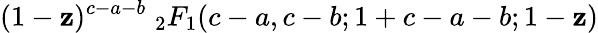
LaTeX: (1-\mathbf{z})^{c-a-b}\; _{2}F_{1}(c-a,c-b;1+c-a-b;1-\mathbf{z})